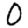
Digit: 0